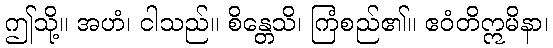
ဤသို့။ အဟံ၊ ငါသည်။ စိန္တေသိ၊ ကြံစည်၏။ ဧဝံတိဣမိနာ၊